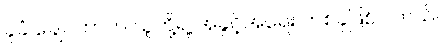
ခုခံ ချေပတာက သူတို့ရဲ့ အခွင့်အရေး တစ်ခုဖြစ်ပါတယ်။